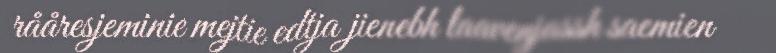
rååresjeminie mejtie edtja jienebh laavenjassh saemien